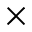
\times